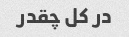
در کل چقدر